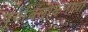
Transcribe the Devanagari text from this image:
पूर्वावलोकनाचा